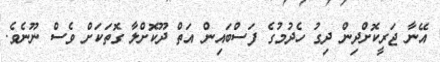
އޭނާ ޖަރީކޮށްދިން ދިގު ހެދުމުގެ ފަސްބައިން އަތް ދޫކޮށްލާ ގޮތަކަށް ވެސް ނޫނެވެ.